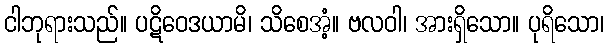
ငါဘုရားသည်။ ပဋိဝေဒယာမိ၊ သိစေအံ့။ ဗလဝါ၊ အားရှိသော။ ပုရိသော၊